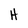
Character: H